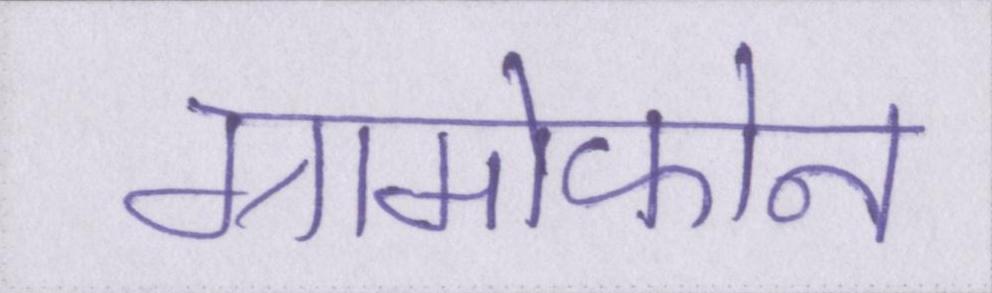
ग्रामोफोन